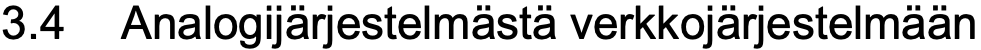
3.4 Analogijärjestelmästä verkkojärjestelmään